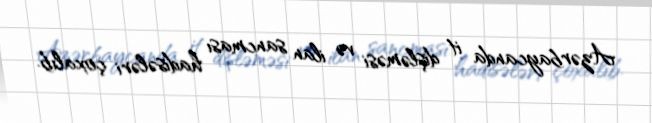
Azərbaycanda it dişləməsi və ilan sancması hadisələri çoxalıb.